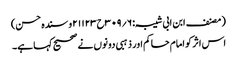
(مصنف ابن ابی شیبہ:۶؍۳۰۹ح۲۱۱۲۳و سندہ حسن)
اس اثر کو امام حاکم اور ذہبی دونوں نے صحیح کہا ہے۔